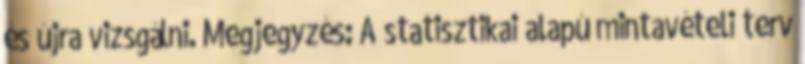
és újra vizsgálni. Megjegyzés: A statisztikai alapú mintavételi terv